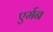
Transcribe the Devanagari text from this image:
एर्मन